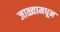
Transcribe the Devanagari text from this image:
जाळ्यामधून